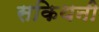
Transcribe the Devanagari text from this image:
सकिथनी